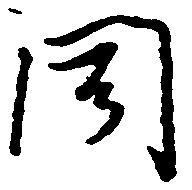
聞